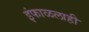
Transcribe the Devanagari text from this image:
इंफाळलाही